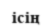
ісің